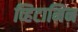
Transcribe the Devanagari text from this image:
व्हिटामिन